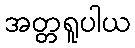
အတ္တရူပါယ